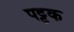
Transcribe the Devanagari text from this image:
पट्टक